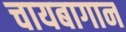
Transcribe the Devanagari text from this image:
चायबागान